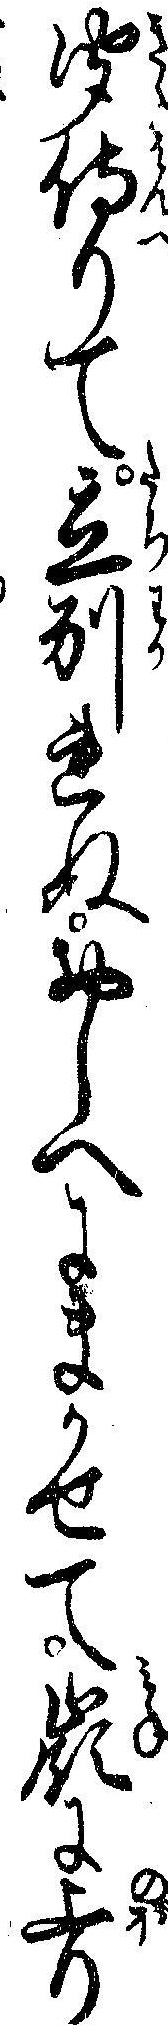
聞侍りて立別れぬおしへにまかせて嶺に上り